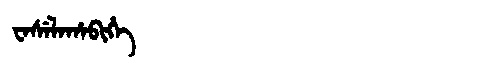
Manchu: ᠸᠠᠰᡝᠯᠠᡥᠠᠪᡳᡥᡝ
Romanization: WASELAHABIHE